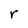
Character: r